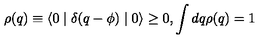
\rho ( q ) \equiv \langle 0 \mid \delta ( q - \phi ) \mid 0 \rangle \geq 0 , \int d q \rho ( q ) = 1